Civil Veterinary Dept. Assam report 1927-50 - 1927-1950
Year: 1927
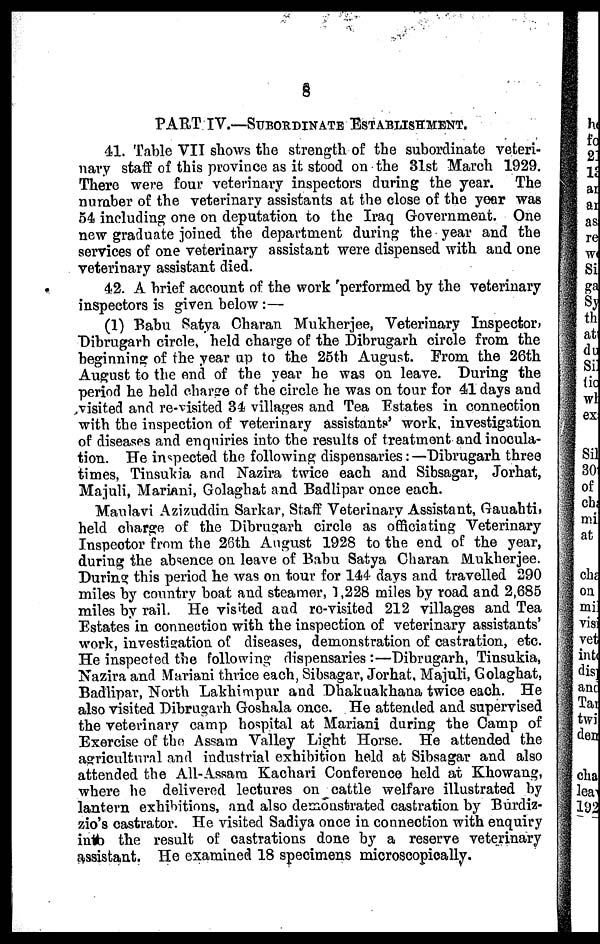
8
PART IV.—SUBORDINATE ESTABLISHMENT.
41. Table VII shows the strength of the subordinate veteri-
nary staff of this province as it stood on the 31st March 1929.
There were four veterinary inspectors during the year. The
number of the veterinary assistants at the close of the year was
54 including one on deputation to the Iraq Government. One
new graduate joined the department during the year and the
services of one veterinary assistant were dispensed with and one
veterinary assistant died.
42. A brief account of the work performed by the veterinary
inspectors is given below :—
(1) Babu Satya Charan Mukherjee, Veterinary Inspector,
Dibrugarh circle, held charge of the Dibrugarh circle from the
beginning of the year up to the 25th August. From the 26th
August to the end of the year he was on leave. During the
period he held charge of the circle he was on tour for 41 days and
visited and re-visited 34 villages and Tea Estates in connection
with the inspection of veterinary assistants' work, investigation
of diseases and enquiries into the results of treatment and inocula-
tion. He inspected the following dispensaries:—Dibrugarh three
times, Tinsulda and Nazira twice each and Sibsagar, Jorhat,
Majuli, Mariani, Golaghat and Badlipar once each.
Maulavi Azizuddin Sarkar Staff Veterinary Assistant, Gauahti,
held charge of the Dibrugarh circle as officiating Veterinary
Inspector from the 26th August 1928 to the end of the year,
during the absence on leave of Babu Satya Charan Mukherjee.
During this period he was on tour for 144 days and travelled 290
miles by country boat and steamer, 1,228 miles by road and 2,685
miles by rail. He visited and re-visited 212 villages and Tea
Estates in connection with the inspection of veterinary assistants'
work, investigation of diseases, demonstration of castration, etc.
He inspected the following dispensaries :—Dibrugarh, Tinsukia,
Nazira and Mariani thrice each, Sibsagar, Jorhat, Majuli, Golaghat,
Badlipar, North Lakhimpur and Dhakuakhana twice each. He
also visited Dibrugarh Goshala once. He attended and supervised
the veterinary camp hospital at Mariani during the Camp of
Exercise of the Assam Valley Light Horse. He attended the
agricultural and industrial exhibition held at Sibsagar and also
attended the All-Assam Kachari Conference held at Khowang,
where he delivered lectures on cattle welfare illustrated by
lantern exhibitions, and also demonstrated castration by Burdiz-
zio's castrator. He visited Sadiya once in connection with enquiry
into the result of castrations done by a reserve veterinary
assistant. He examined 18 specimens microscopically.